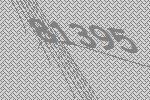
81395